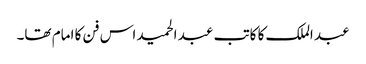
عبد الملک کا کاتب عبد الحمید اس فن کا امام تھا۔